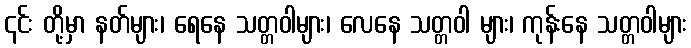
၎င်း တို့မှာ နတ်များ၊ ရေနေ သတ္တဝါများ၊ လေနေ သတ္တဝါ များ၊ ကုန်းနေ သတ္တဝါများ